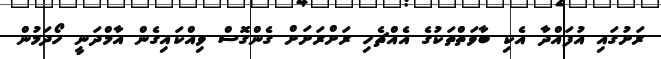
ރަށުގައި އުފައްދާ އެކި ބާވަތްތަކުގެ އެއްޗެހި ރަށްރަށަށް ގެންގޮސް ވިއްކައިގެން އާމްދަނީ ހޯދަމުން